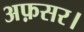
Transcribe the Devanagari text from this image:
अफ़सर।